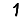
Digit: 1